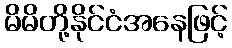
မိမိတို့နိုင်ငံအနေဖြင့်